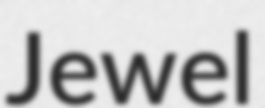
Jewel